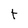
Character: t